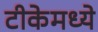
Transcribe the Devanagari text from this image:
टीकेमध्ये